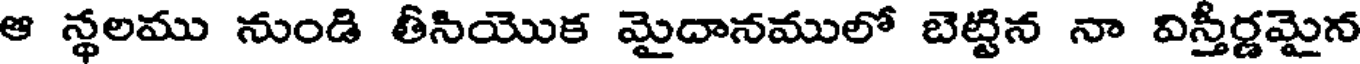
ఆ న్ధలము నుండి తీసియొక మైదానములో బెట్టిన నా విస్తీర్ణమైన